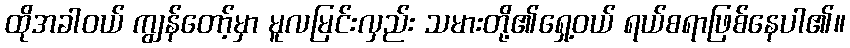
ထိုအခါဝယ် ကျွန်တော့်မှာ မူလမြင်းလှည်း သမားတို့၏ရှေ့ဝယ် ရယ်စရာဖြစ်နေပါ၏။